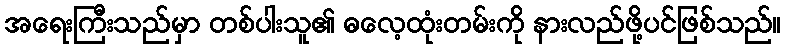
အရေးကြီးသည်မှာ တစ်ပါးသူ၏ ဓလေ့ထုံးတမ်းကို နားလည်ဖို့ပင်ဖြစ်သည်။